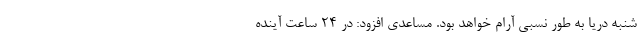
شنبه دریا به طور نسبی آرام خواهد بود. مساعدی افزود: در ۲۴ ساعت آینده